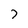
Character: 7